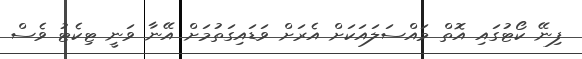
ފިނޭ ކޯޓުގައި އޮތް މައްސަލައަކަށް އެރަށް ވަޑައިގަތުމަށް އޭނާ ވަނީ ޓިކެޓު ވެސް